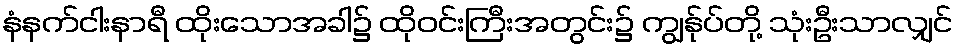
နံနက်ငါးနာရီ ထိုးသောအခါ၌ ထိုဝင်းကြီးအတွင်း၌ ကျွန်ုပ်တို့ သုံးဦးသာလျှင်